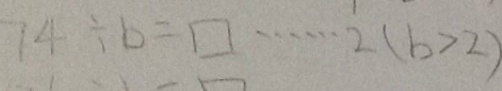
7 4 \div b = \square \cdots 2 ( b > 2 )